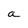
Character: a